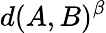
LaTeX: d(A,B)^{\beta}